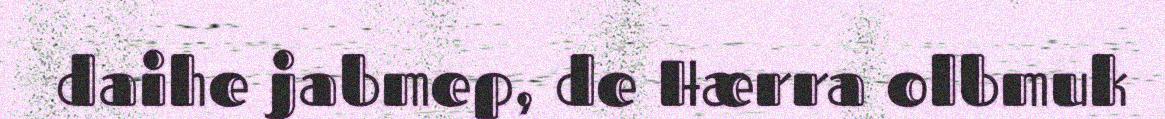
daihe jabmep, de Hærra olbmuk